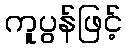
ကူပွန်ဖြင့်